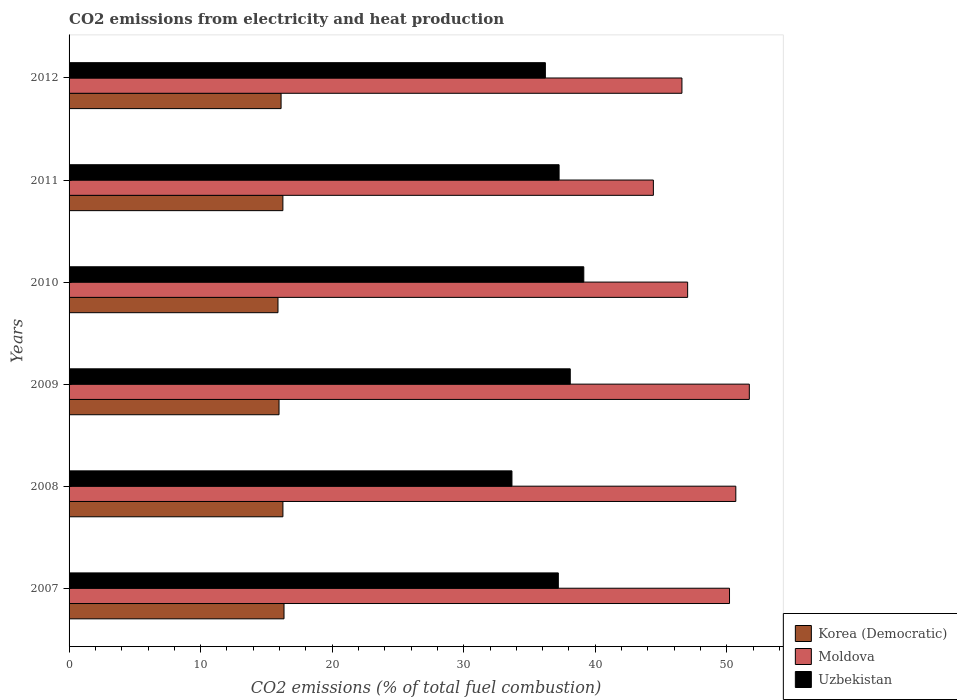
| Years | Korea (Democratic) | Moldova | Uzbekistan |
 | --- | --- | --- | --- |
 | 2007 | 16.3 | 50.2 | 37.2 |
 | 2008 | 16.3 | 50.7 | 33.7 |
 | 2009 | 16 | 51.7 | 38.1 |
 | 2010 | 15.9 | 47 | 39.1 |
 | 2011 | 16.3 | 44.4 | 37.2 |
 | 2012 | 16.1 | 46.6 | 36.2 |